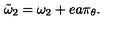
\tilde { \omega } _ { 2 } = \omega _ { 2 } + e a \pi _ { \theta } .